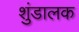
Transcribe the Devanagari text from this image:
शुंडालक